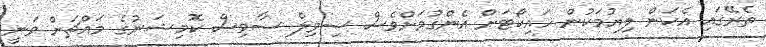
ތެރޭގައި އެކަން ލިޔުމަކުން ހައިކޯޓަށް އެންގުމަށްވެސް ސިވިލް ސާވިސް ކޮމިޝަނުގެ މައްޗަށް ވަނީ